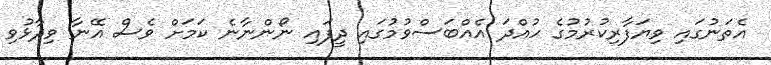
އެތަނުގައި ވިޔަފާރިކުރުމުގެ ހުއްދަ އެއްބަސްވުމުގައި ދީފައި ނޯންނާނެ ކަމަށް ވެސް އޭނާ ވިދާޅުވި